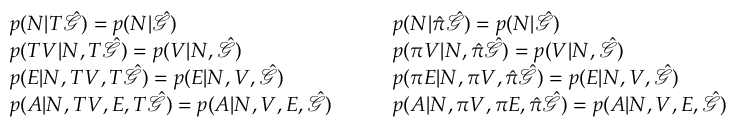
\begin{array} { r l r l } & { p ( N | T \hat { \mathcal { G } } ) = p ( N | \hat { \mathcal { G } } ) } & & { p ( N | \hat { \pi } \hat { \mathcal { G } } ) = p ( N | \hat { \mathcal { G } } ) } \\ & { p ( T V | N , T \hat { \mathcal { G } } ) = p ( V | N , \hat { \mathcal { G } } ) } & & { p ( \pi V | N , \hat { \pi } \hat { \mathcal { G } } ) = p ( V | N , \hat { \mathcal { G } } ) } \\ & { p ( E | N , T V , T \hat { \mathcal { G } } ) = p ( E | N , V , \hat { \mathcal { G } } ) } & & { p ( \pi E | N , \pi V , \hat { \pi } \hat { \mathcal { G } } ) = p ( E | N , V , \hat { \mathcal { G } } ) } \\ & { p ( A | N , T V , E , T \hat { \mathcal { G } } ) = p ( A | N , V , E , \hat { \mathcal { G } } ) \quad } & & { p ( A | N , \pi V , \pi E , \hat { \pi } \hat { \mathcal { G } } ) = p ( A | N , V , E , \hat { \mathcal { G } } ) } \end{array}